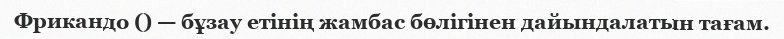
Фрикандо () — бұзау етінің жамбас бөлігінен дайындалатын тағам.